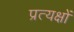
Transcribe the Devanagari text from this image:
प्रत्यक्षों